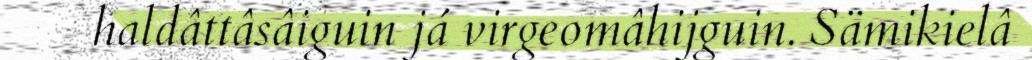
haldâttâsâiguin já virgeomâhijguin. Sämikielâ